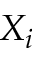
X _ { i }